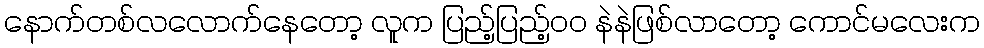
နောက်တစ်လလောက်နေတော့ လူက ပြည့်ပြည့်ဝဝ နဲနဲဖြစ်လာတော့ ကောင်မလေးက